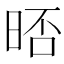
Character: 𣇊